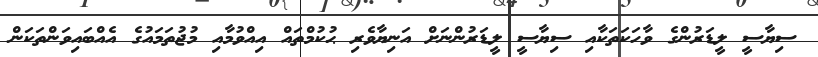
ސިޔާސީީ ލީޑަރުންގެ ވާހަކަތަކާއި ސިޔާސީ ލީޑަރުންނަށް އަނިޔާވެރި ޙުކުމްތައް އިއްވުމާއި މުޖުތަމައުގެ އެއްބައިވަންތަކަން